Veterinary [1909] -
Year: 1909
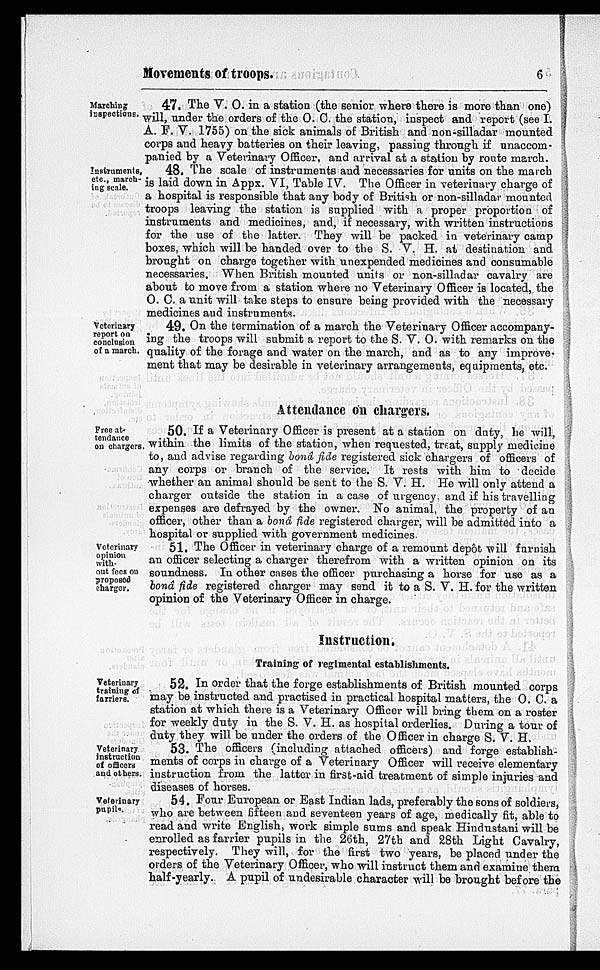
Movements of troops.
6
Marching
inspections.
47. The V. O. in a station (the senior where there is more than one)
will, under the orders of the O. C. the station, inspect and report (see I.
A. F. V. 1755) on the sick animals of British and non-silladar mounted
corps and heavy batteries on their leaving, passing through if unaccom-
panied by a Veterinary Officer, and arrival at a station by route march.
Instruments,
etc., march-
ing scale.
48. The scale of instruments and necessaries for units on the march
is laid down in Appx. VI, Table IV. The Officer in veterinary charge of
a hospital is responsible that any body of British or non-silladar mounted
troops leaving the station is supplied with a proper proportion of
instruments and medicines, and, if necessary, with written instructions
for the use of the latter. They will be packed in veterinary camp
boxes, which will be handed over to the S. V. H. at destination and
brought on charge together with unexpended medicines and consumable
necessaries. When British mounted units or non-silladar cavalry are
about to move from a station where no Veterinary Officer is located, the
O. C. a unit will take steps to ensure being provided with the necessary
medicines and instruments.
Veterinary
report on
conclusion
of a march.
49. On the termination of a march the Veterinary Officer accompany-
ing the troops will submit a report to the S. V. O. with remarks on the
quality of the forage and water on the march, and as to any improve-
ment that may be desirable in veterinary arrangements, equipments, etc.
Attendance on chargers.
Free at-
tendance
on chargers.
50. If a Veterinary Officer is present at a station on duty, he will,
within the limits of the station, when requested, treat, supply medicine
to, and advise regarding bonâ fide registered sick chargers of officers of
any corps or branch of the service. It rests with him to decide
whether an animal should be sent to the S. V. H. He will only attend a
charger outside the station in a case of urgency and if his travelling
expenses are defrayed by the owner. No animal, the property of an
officer, other than a bonâ fide registered charger, will be admitted into a
hospital or supplied with government medicines.
Veterinary
opinion
with-
out fees on
proposed
charger.
51. The Officer in veterinary charge of a remount depôt will furnish
an officer selecting a charger therefrom with a written opinion on its
soundness. In other cases the officer purchasing a horse for use as a
bonâ fide registered charger may send it to a S. V. H. for the written
opinion of the Veterinary Officer in charge.
Instruction.
Training of regimental establishments.
Veterinary
training of
farriers.
52. In order that the forge establishments of British mounted corps
may be instructed and practised in practical hospital matters, the O. C. a
station at which there is a Veterinary Officer will bring them on a roster
for weekly duty in the S. V. H. as hospital orderlies. During a tour of
duty they will be under the orders of the Officer in charge S. V. H.
Veterinary
instruction
of officers
and others.
53. The officers (including attached officers) and forge establish-
ments of corps in charge of a Veterinary Officer will receive elementary
instruction from the latter in first-aid treatment of simple injuries and
diseases of horses.
Veterinary
pupils.
54. Four European or East Indian lads, preferably the sons of soldiers,
who are between fifteen and seventeen years of age, medically fit, able to
read and write English, work simple sums and speak Hindustani will be
enrolled as farrier pupils in the 26th, 27th and 28th Light Cavalry,
respectively. They will, for the first two years, be placed under the
orders of the Veterinary Officer, who will instruct them and examine them
half-yearly. A pupil of undesirable character will be brought before the